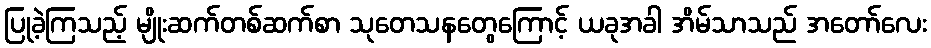
ပြုခဲ့ကြသည့် မျိုးဆက်တစ်ဆက်စာ သုတေသနတွေကြောင့် ယခုအခါ အိမ်သာသည် အတော်လေး